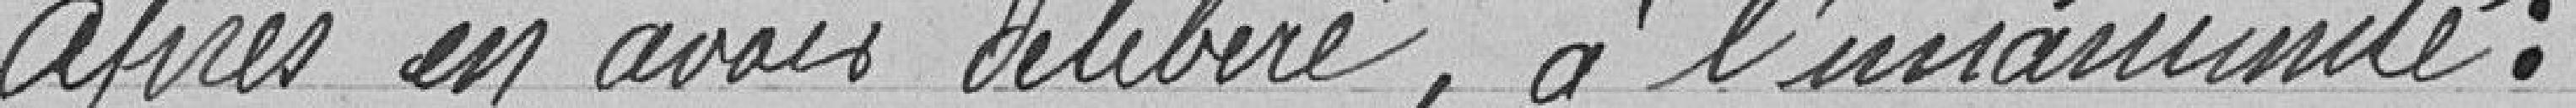
Après en avoir délibéré, à l'unanimité